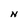
Character: N